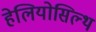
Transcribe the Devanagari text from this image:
हेलियोसिल्थ